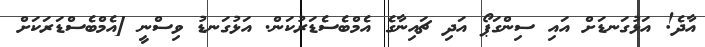
އާދެ! އަޅުގަނޑަށް އައި ސިންގަޕޯ އަދި ޗައިނާގެ އެމްބެސެޑަރުކަން. އަޅުގަނޑު ވިސްނީ [އެމްބެސްޑަރަކަށް